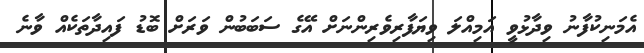
އެމަނިކުފާނު ވިދާޅުވީ އަމިއްލަ ވިޔަފާރިވެރިންނަށް އޭގެ ސަބަބުން ވަރަށް ބޮޑު ފައިދާތަކެއް ވާނެ